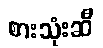
စားသုံးဆီ